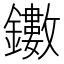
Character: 𨯃